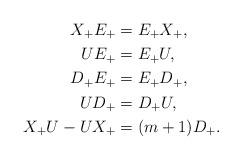
LaTeX: \begin{align*} X_+E_{+}&=E_{+}X_+,\\ UE_{+}&=E_{+}U,\\ D_+E_{+}&=E_{+}D_+,\\ UD_+&=D_+U,\\ X_+U-UX_+&=(m+1)D_+.\end{align*}